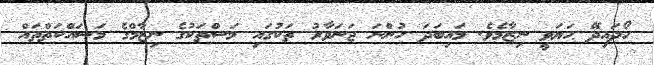
ހޯދައިދޭ ޙަޔަވީ ނިޒާމެވެ. މައިބަދަ ހުންނަ ޖަނަވާރު ތަކުގައި މަސްތަކުގެ ނިޒާމްގެ މަސައްކަތްތައް